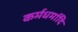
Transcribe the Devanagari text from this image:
कर्मधर्मादि